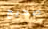
صحيح